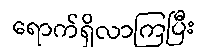
ရောက်ရှိလာကြပြီး